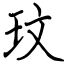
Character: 玟